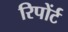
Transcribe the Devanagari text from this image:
रिपोंर्ट